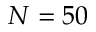
N = 5 0